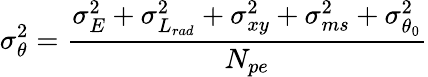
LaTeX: \sigma_{\theta}^{2}=\frac{\sigma_{E}^{2}+\sigma_{L_{rad}}^{2}+\sigma_{xy}^{2}+\sigma_{ms}^{2}+\sigma_{\theta_{0}}^{2}}{N_{pe}}